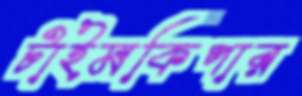
টাইমকিপার